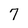
Character: 7